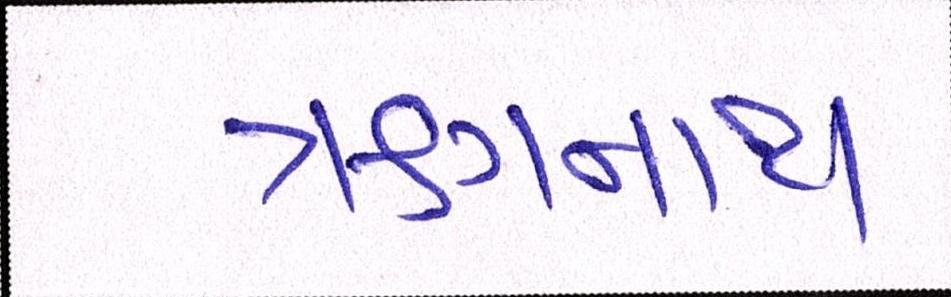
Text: ઋગનાથ